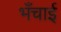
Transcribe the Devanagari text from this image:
भँचाई